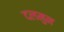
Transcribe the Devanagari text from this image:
दलमुन